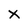
Character: X